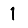
Digit: 1